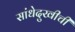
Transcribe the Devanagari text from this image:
सांधेदुखीची